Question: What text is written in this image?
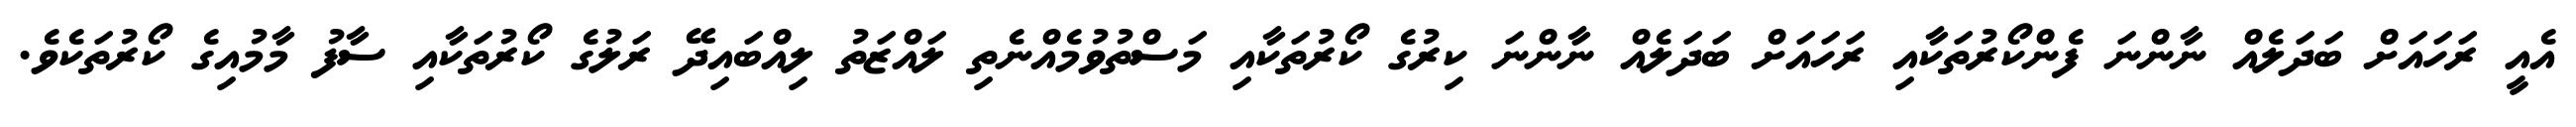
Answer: އެއީ ރަހައަށް ބަދަލެއް ނާންނަ ފެންކޯރުތަކާއި ރަހައަށް ބަދަލެއް ނާންނަ ކިރުގެ ކޯރުތަކާއި މަސްތުވުމެއްނެތި ލައްޒަތު ލިއްބައިދޭ ރަލުގެ ކޯރުތަކާއި ސާފު މާމުއިގެ ކޯރުތަކެވެ.